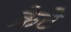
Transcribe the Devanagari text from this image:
क्रेटे